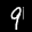
Label: 9